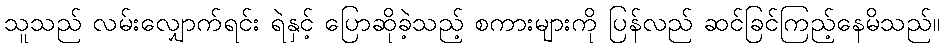
သူသည် လမ်းလျှောက်ရင်း ရဲနှင့် ပြောဆိုခဲ့သည့် စကားများကို ပြန်လည် ဆင်ခြင်ကြည့်နေမိသည်။